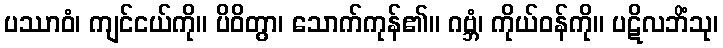
ပဿာဝံ၊ ကျင်ငယ်ကို။ ပိဝိတွာ၊ သောက်ကုန်၏။ ဂဗ္ဘံ၊ ကိုယ်ဝန်ကို။ ပဋိလဘိံသု၊